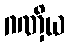
ဂဏှိယ